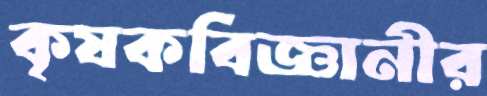
কৃষকবিজ্ঞানীর